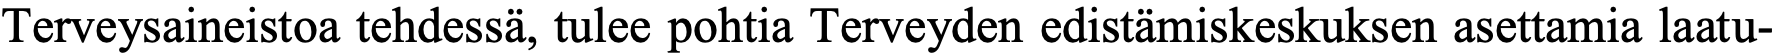
Terveysaineistoa tehdessä, tulee pohtia Terveyden edistämiskeskuksen asettamia laatu-